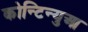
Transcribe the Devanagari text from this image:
कोन्टिन्युआ